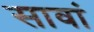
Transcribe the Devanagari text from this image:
सावां